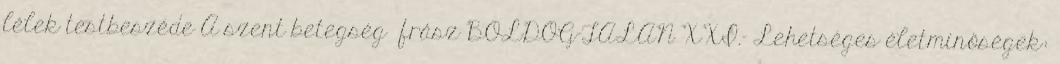
lélek testbeszéde A szent betegség frász BOLDOG-TALAN XXI.- Lehetséges életminőségek: